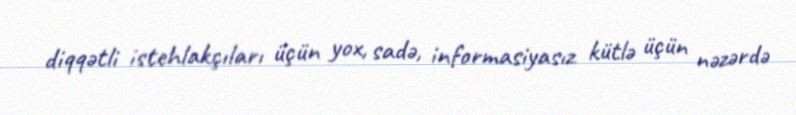
diqqətli istehlakçıları üçün yox, sadə, informasiyasız kütlə üçün nəzərdə